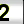
Digit: 2